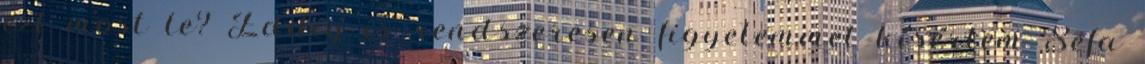
ezt most le? Eddig is rendszeresen figyelemmel kísértem Sefa